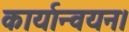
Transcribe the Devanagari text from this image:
कार्यान्‍वयन।